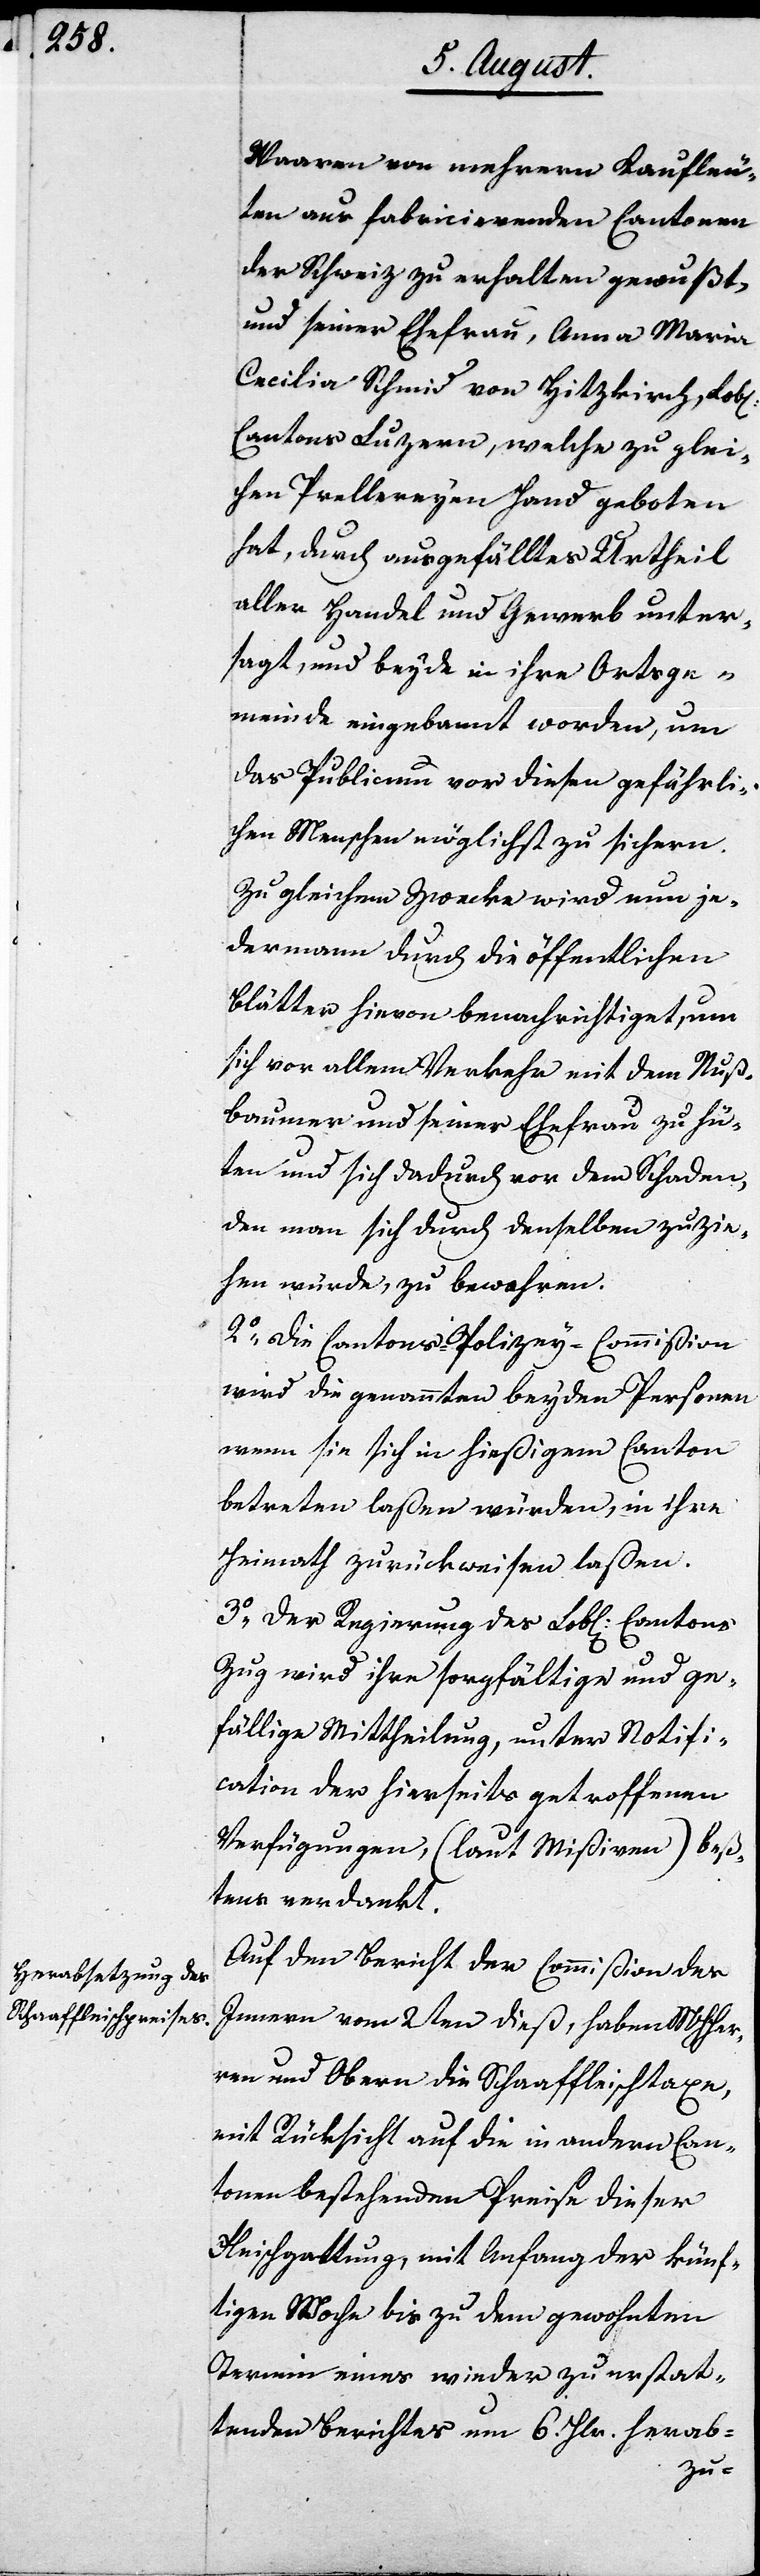
Waaren von mehrern Kaufleu¬
ten aus fabricierenden Cantonen
der Schweiz zu erhalten gewußt,
und seiner Ehefrau, Anna Maria
Cecilia Schmid von Hitzkrich, Lobl.
Cantons Luzern, welche zu glei¬
chen Prellereyen Hand geboten
hat, durch ausgefälltes Urtheil
aller Handel und Gewerb unter¬
sagt, und beyde in ihre Ortsge¬
meinde eingebannt worden, um
das Publicum vor diesen gefährli¬
chen Menschen möglichst zu sichern.
Zu gleichem Zwecke wird nun je¬
dermann durch die öffentlichen
Blätter hievon benachrichtiget, um
sich vor allem Verkehr mit dem Nuß¬
baumer und seiner Ehefrau zu hü¬
ten und sich dadurch vor dem Schaden,
den man sich durch denselben zuzie¬
hen würde, zu bewahren.
2. Die Cantons-Polizey-Commißion
wird die genannten beyden Personen
wenn sie sich in hießigem Canton
betreten laßen würden, in ihre
Heimath zurückweisen laßen.
3. Der Regierung des Lobl. Cantons
Zug wird ihre sorgfältige und ge¬
fällige Mittheilung, unter Notifi¬
cation der hierseits getroffenen
Verfügungen (laut Mißiven) beß¬
tens verdankt.
Auf den Bericht der Commißion den
Innern vom 2ten dieß, haben MHHer¬
ren und Obern die Schaffleischtaxe,
mit Rücksicht auf die in andern Can¬
tonen bestehenden Preise dieser
Fleischgattung, mit Anfang der künf¬
tigen Woche bis zu dem gewohnten
Termin eines wieder zu erstat¬
tenden Berichtes um 6 Hlr. herab-